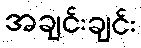
အချင်းချင်း